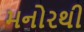
મનોરથી